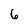
Character: 6